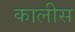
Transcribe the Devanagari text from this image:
कालीस